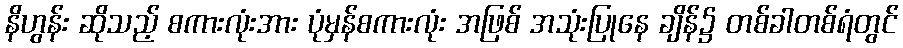
နိဟွန်း ဆိုသည့် စကားလုံးအား ပုံမှန်စကားလုံး အဖြစ် အသုံးပြုနေ ချိန်၌ တစ်ခါတစ်ရံတွင်